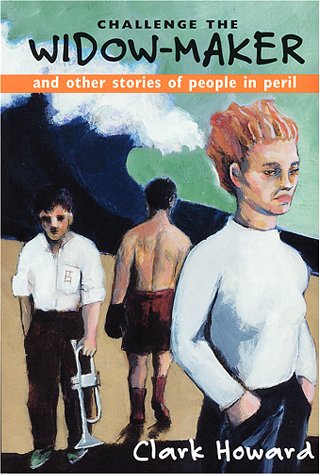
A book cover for Challenge The Widow-Maker And Other Stories Of People In Peril; Clark Howard; Mystery, Thriller & Suspense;